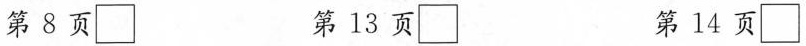
第8页\square 第13页\square 第14页\square